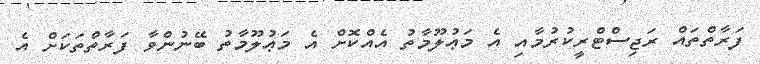
ފަރާތްތައް ރަޖިސްޓްރީކުރުމާއި އެ މަޢުލޫމާތު އެއްކޮށް އެ މަޢުލޫމާތު ބޭނުންވާ ފަރާތްތަކަށް އެ